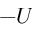
- U